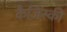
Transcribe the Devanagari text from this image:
कैज़िंस्की